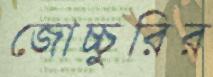
জোচ্চুরির